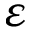
\varepsilon